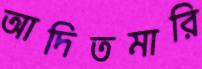
আদিতমারি